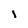
Character: i